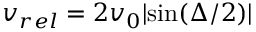
v _ { r e l } = 2 v _ { 0 } | \mathrm { s i n } ( \Delta / 2 ) |